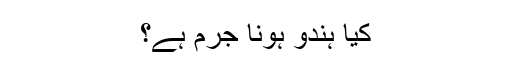
کیا ہندو ہونا جرم ہے؟